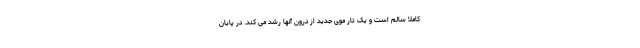
کاملا سالم است و یک تار موی جدید از درون آنها رشد می کند. در پایان